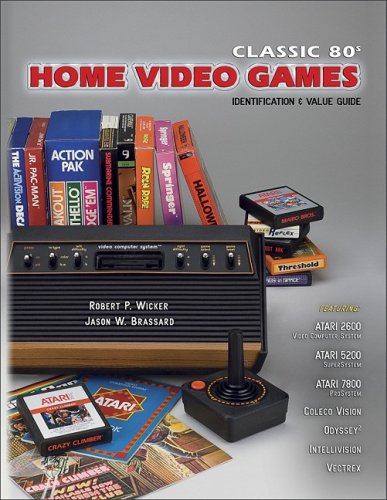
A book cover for Classic 80s Home Video Games Identification & Value Guide: Featuring Atari 2600, Atari 5200 Atari 7800, Coleco Vision, Odyssey, Intellivision, Victrex; Robert P. Wicker; Crafts, Hobbies & Home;